Report on sanitation, dispensaries, and jails in Rajputana for 1915, and on vaccination for the year 1915-1916 - 1915-1916
Year: 1915
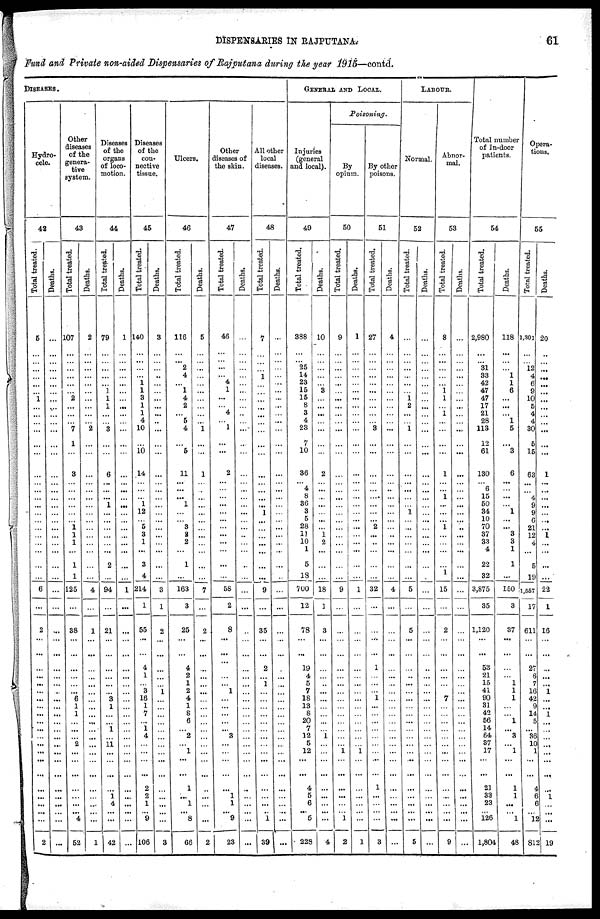
DISPENSARIES IN RAJPUTANA
61
Fund and Private non-aided Dispensaries of Rajputana during the year 1915—contd.
DISEASES.
Hydro-
cele.
42
Total treated.
5
...
...
... ...
...
...
1
...
...
...
...
...
...
...
...
...
...
...
...
...
...
...
...
...
...
...
6
...
2
...
...
...
...
...
...
...
...
...
...
...
...
...
...
...
...
...
...
...
...
2
Deaths.
...
...
...
... ...
...
...
...
...
...
...
...
...
...
...
...
...
...
...
...
...
...
...
...
...
...
...
...
...
...
...
...
...
...
...
...
...
...
...
...
...
...
...
...
...
...
...
...
... ...
...
Other
diseases
of the
genera-
tive
system.
43
Total treated.
107
...
...
... ...
...
...
2
...
...
...
7
1
...
3
...
...
...
...
...
...
1
1
1
...
125
1
125
...
38
...
...
...
...
...
...
6
1
1
...
...
...
2
...
...
...
...
...
...
...
4
52
Deaths.
2
...
...
... ...
...
...
...
...
...
...
2
...
...
...
...
...
...
...
...
...
...
...
...
...
4
...
4
...
1
...
...
...
...
...
...
...
...
...
...
...
...
...
...
...
...
...
...
...
... ...
1
Diseases
of the
organs
of loco-
motion.
44
Total treated.
79
...
...
... ...
...
1
1
1
...
...
3
...
...
6
...
... ...
1
...
...
...
...
...
...
94
...
94
...
21
...
...
...
...
...
...
3
1
...
...
1
...
11
...
...
...
...
1
4
...
...
42
Deaths.
1
...
...
... ...
...
...
...
...
...
...
...
...
...
...
...
...
...
...
...
...
...
...
...
...
1
...
1
...
...
...
...
...
...
...
...
...
...
...
...
...
...
...
...
...
...
...
...
...
...
...
...
Diseases
of the
con-
nective
tissue.
45
Total treated.
140
...
...
... ...
1
1
3
1
1
4
10
...
10
14
...
...
... 1
12
...
5
3
1
...
3
4
214
1
55
...
...
4
1
...
3
16
1
7
...
1
4
...
...
...
...
2
2
1
... 9
106
Deaths.
3
...
...
... ...
...
...
...
...
...
...
...
...
...
...
...
...
...
...
...
...
...
...
...
...
...
...
3
1
2
...
...
...
...
...
1
...
...
...
...
...
...
...
...
...
...
...
...
...
...
...
3
Ulcers.
46
Total treated.
116
...
...
... 4
...
1
4
2
...
5
4
...
5
11
...
...
...
1
...
...
3
2
2
...
1
...
163
3
25
...
...
4
2
1
2
4
1
8
6
...
2
...
1
...
...
1
...
1
... 8
68
Deaths.
5
...
...
... ...
...
...
...
...
...
...
1
...
...
1
...
...
...
...
...
...
...
...
...
...
...
...
7
...
2
...
...
...
...
...
...
...
...
...
...
...
...
...
...
...
...
...
...
...
... ...
2
Other
diseases of
the skin.
47
Total treated.
46
...
...
... ...
4
1
...
...
4
...
1
...
...
2
...
...
... ...
...
...
...
...
...
...
...
...
58
2
8
...
...
...
...
...
1
...
...
...
...
...
3
...
...
...
...
...
1
1
... 9
23
Deaths.
...
...
...
... ...
...
...
...
...
...
...
...
...
...
...
...
...
...
...
...
...
...
...
...
...
...
...
...
...
...
...
...
...
...
...
...
...
...
...
...
...
...
...
...
...
...
...
...
...
... ...
...
All other
local
diseases.
48
Total treated.
7
...
...
... 1
...
...
...
...
...
...
...
...
...
...
...
...
...
...
1
...
...
...
...
...
...
...
9
...
35
...
...
2
...
1
...
...
...
...
...
...
...
...
...
...
...
...
...
...
...
1
39
Deaths.
...
...
...
... ...
...
...
...
...
...
...
...
...
...
...
...
... ...
...
...
...
...
...
...
...
...
...
...
...
...
...
...
...
...
...
...
...
...
...
...
...
...
...
...
...
...
...
...
...
...
...
...
GENERAL AND LOCAL.
Injuries
(general
and local).
49
Total treated.
388
...
...
... 14
23
15
15
8
3
4
23
7
10
36
4
... 8
86
3
5
28
11
10
1
5
18
700
12
78
...
...
19
4
5
7
18
13
8
20
7
12
5
12
...
...
4
5
6
... 5
228
Deaths.
10
...
...
... ...
...
3
...
...
...
...
...
...
...
2
...
... ...
...
...
...
...
1
2
...
...
...
18
1
3
...
...
...
...
...
...
...
...
...
...
...
1
...
...
...
...
...
...
...
...
...
4
Poisoning.
By
opium.
50
Total treated.
9
...
...
... ...
...
...
...
...
...
...
...
...
...
...
...
... ...
...
...
...
...
...
...
...
...
...
9
...
...
...
...
...
...
...
...
...
...
...
...
...
...
...
1
...
...
...
...
...
... 1
2
Deaths.
1
...
...
... ...
...
...
...
...
...
...
...
...
...
...
...
...
...
...
...
...
...
...
...
...
...
...
1
...
...
...
...
...
...
...
...
...
...
...
...
...
...
...
1
...
...
...
...
...
...
...
1
By other
poisons.
51
Total treated.
27
...
...
... ...
...
...
...
...
...
...
3
...
...
...
...
... ....
...
...
...
2
...
...
...
...
...
32
...
...
...
...
1
...
...
...
1
...
...
...
...
...
...
...
...
...
1
...
...
...
...
3
Deaths.
4
...
...
... ...
...
...
...
...
...
...
...
...
...
...
...
...
...
...
...
...
...
...
...
...
...
...
4
...
...
...
...
...
...
...
...
...
...
...
...
...
...
...
...
...
...
...
...
...
...
...
...
LABOUR.
Normal.
52
Total treated.
...
...
...
... ...
...
...
1
2
...
...
1
...
...
...
...
...
...
...
1
...
...
...
...
...
...
...
5
...
5
...
...
...
...
...
...
...
...
...
...
...
...
...
...
...
...
...
...
...
...
...
5
Deaths.
...
...
...
... ...
...
...
...
...
...
...
...
...
...
...
...
...
...
...
...
...
...
...
...
...
...
...
...
...
...
...
...
...
...
...
...
...
...
...
...
...
...
...
...
...
...
...
...
...
...
...
...
Abnor-
mal.
53
Total treated.
8
...
...
... ...
...
1
1
...
1
...
...
...
...
1
...
... 1
...
...
...
1
...
...
...
...
1
15
...
2
...
...
...
...
...
...
7
...
...
...
...
...
...
...
...
...
...
...
...
...
...
9
Deaths.
...
...
...
... ...
...
...
...
...
...
...
...
...
...
...
...
...
...
...
...
...
...
...
...
...
...
...
...
...
...
...
...
...
...
...
...
...
...
...
...
...
...
...
...
...
...
...
...
...
...
...
...
Total number
of In-door
patients.
54
Total treated.
2,980
...
...
31
33
42
47
47
17
21
28
113
12
61
130
...
...
15
50
34
10
70
37
33
4
22
32
3,875
35
1,120
...
...
53
21
15
41
90
31
42
56
14
64
37
17
...
...
21
33
23
... 126
1,804
Deaths.
118
...
...
... 1
1
6
...
...
...
1
5
...
3
6
...
... ...
...
1
...
...
3
3
1
1
...
150
3
37
...
...
...
...
1
1
1
...
...
1
...
3
...
1
...
...
1
1
...
... 1
48
!
Opera-
tions.
55
Total treated.
1,301
...
...
12
4
6
9
10
5
4
4
30
5
15
63
...
... 4
9
9
6
21
12
4
...
5
19
1,557
17
611
...
...
27
6
7
16
42
9
14
5
...
36
10
1
...
...
4
6
6
... 12
812
Deaths.
20
...
...
... ...
...
...
...
...
...
...
...
...
...
1
...
... ...
...
...
...
...
1
...
...
...
...
22
1
16
...
...
...
...
...
1
...
...
1
...
...
...
...
...
...
...
...
1
...
... ...
19